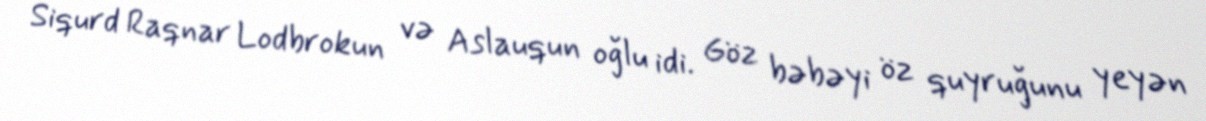
Siqurd Raqnar Lodbrokun və Aslauqun oğlu idi. Göz bəbəyi öz quyruğunu yeyən